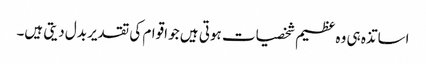
اساتذہ ہی وہ عظیم شخصیات ہوتی ہیں جو اقوام کی تقدیر بدل دیتی ہیں۔